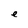
Character: e